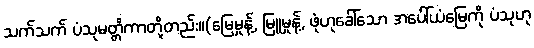
သက်သက် ပံသုမတ္တိကာတို့တည်း။(မြေမှုန့်, မြူမှုန့်, ဖုံဟုခေါ်သော အပေါ်ယံမြေကို ပံသုဟု